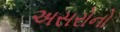
અસરોનો